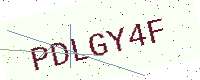
Text: PDLGY4F